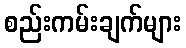
စည်းကမ်းချက်များ